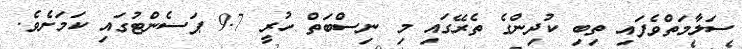
ސަލާމަތްވެފައި ތިބި ކުދިންގެ ތެރޭގައި މި ނިސްބަތް ހުރީ 9.7 ޕަސެންޓުގައި ކަމަށެވެ.